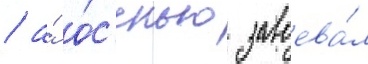
/ а́ о́с'енью завоева́л